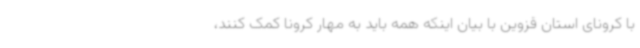
با کرونای استان قزوین با بیان اینکه همه باید به مهار کرونا کمک کنند،